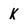
Character: k